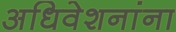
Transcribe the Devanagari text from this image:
अधिवेशनांना